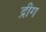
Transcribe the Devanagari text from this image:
द्रीग